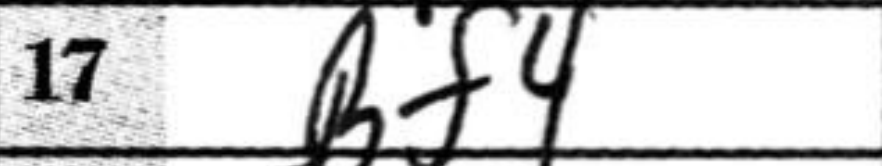
Transcription: Bf4